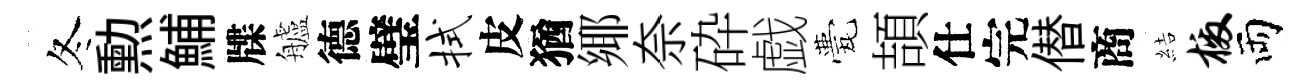
冬勲鯆牒艫德璧拭皮猶鄊奈砕戯甍頡仕完僣商結檄両